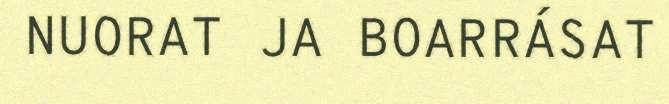
NUORAT JA BOARRÁSAT